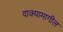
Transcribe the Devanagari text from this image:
वाक्यामागील